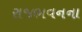
રાજભવનના